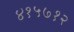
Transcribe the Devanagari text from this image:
४१५७१२